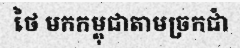
ថៃ មកកម្ពុជាតាមច្រកជាំ